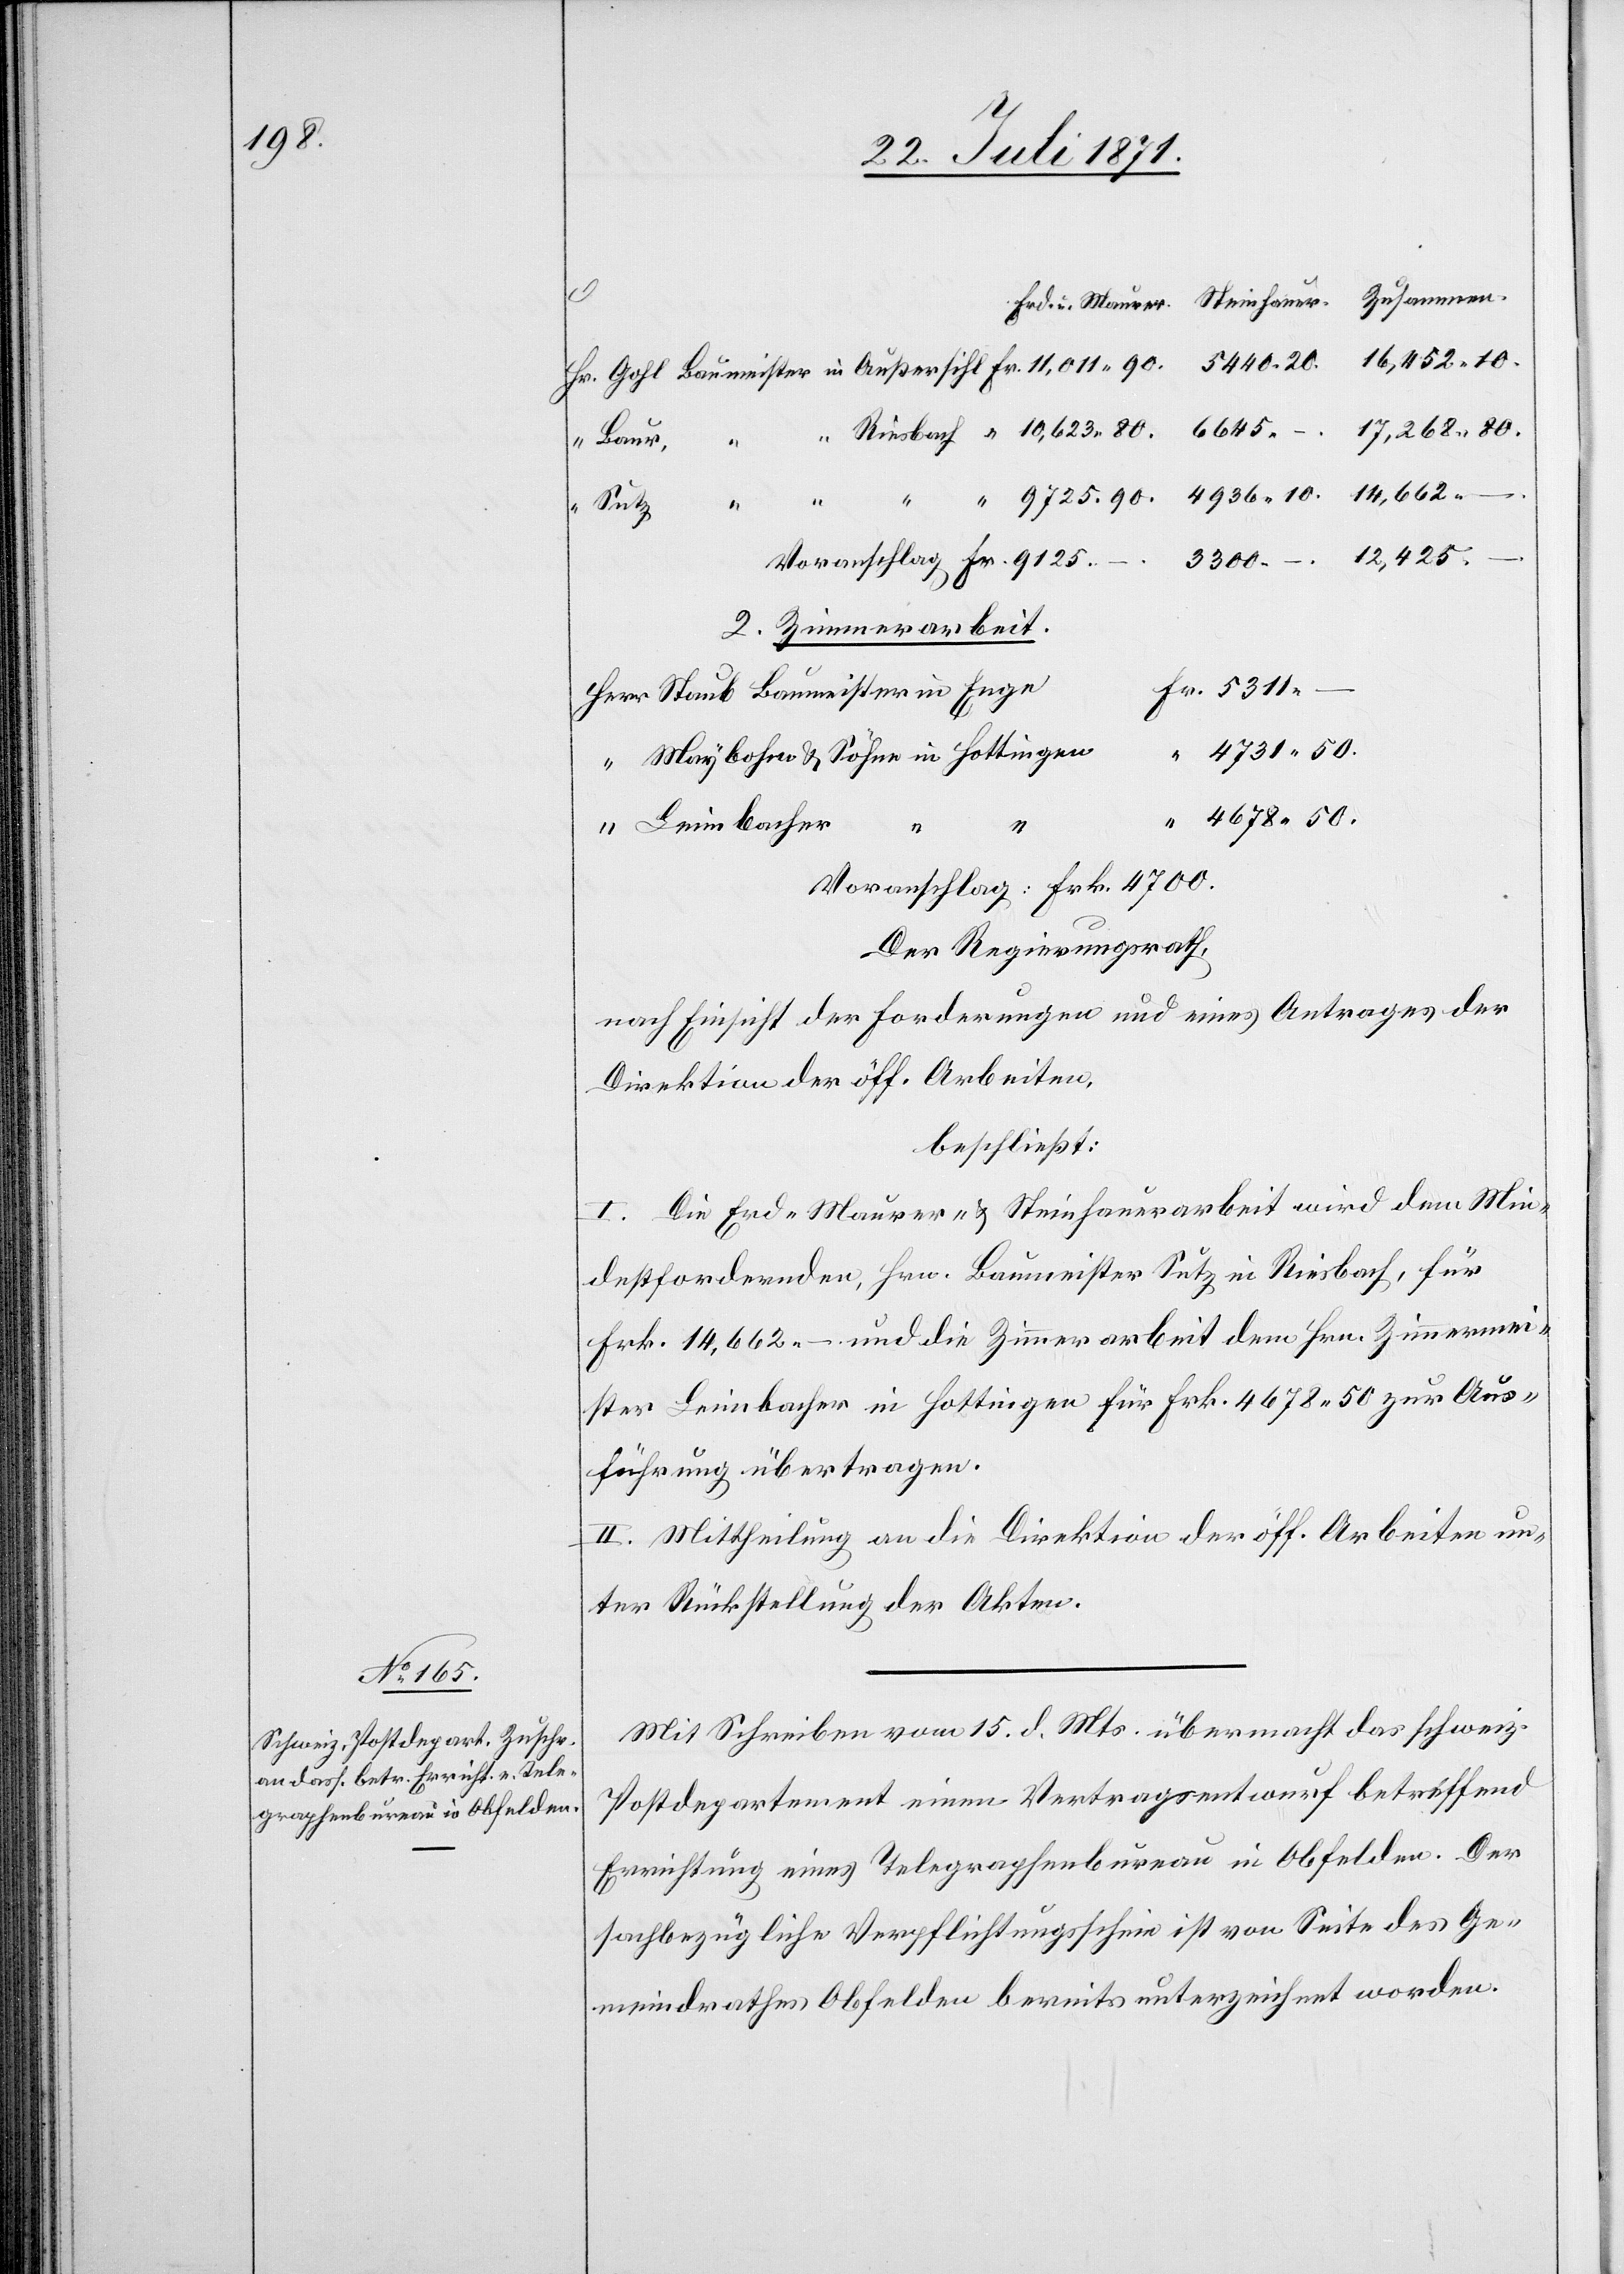
12,425.–.
3300.–.
in
2. Zimmerarbeit
4731.50.
4678.50.
“
Leimbacher
“
Der Regierungsrath,
nach Einsicht der Forderungen und eines Antrages der
Direktion der öff. Arbeiten,
beschließt:
I. Die Erd- Maurer- u. Steinhauerarbeit wird dem Min¬
destfordernden, Hrn. Baumeister Sutz in Riesbach, für
Frk. 14,662.– und die Zimmerarbeit dem Hrn. Zimmermei¬
ster Leimbacher in Hottingen für Frk. 4678.50 zur Aus¬
führung übertragen.
II. Mittheilung an die Direktion der öff. Arbeiten un¬
ter Rückstellung der Akten.
Mit Schreiben vom 15. d. Mts. übermacht das schweiz.
Postdepartement einen Vertragsentwurf betreffend
Errichtung eines Telegraphenbureau in Obfelden. Der
sachbezügliche Verpflichtungsschein ist von Seite des Ge¬
meindrathes Obfelden bereits unterzeichnet worden.